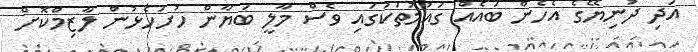
އަދި ދުނިޔޭގެ އެހެން ބައެއް ގައުމުތަކުގައި ވެސް މާލީ ބަޔާން ހުށަހެޅުން ލާޒިމްކޮށް